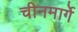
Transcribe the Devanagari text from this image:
चीनमार्गे